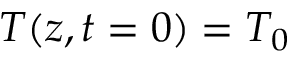
T ( z , t = 0 ) = T _ { 0 }